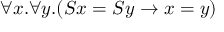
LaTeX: \forall x . \forall y . ( S x = S y \to x = y )